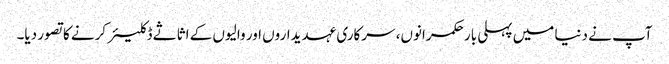
آپ نے دنیا میں پہلی بار حکمرانوں، سرکاری عہدیداروں اور والیوں کے اثاثے ڈکلیئر کرنے کاتصور دیا۔